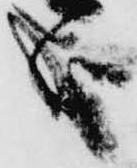
哉